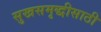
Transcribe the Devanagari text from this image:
सुखसमृद्धीसाठी